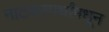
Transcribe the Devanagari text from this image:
नाटकस्पर्धांमधून